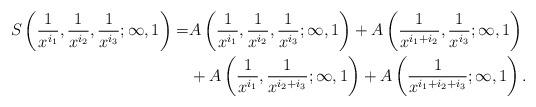
LaTeX: \begin{align*} S\left(\frac{1}{x^{i_1}},\frac{1}{x^{i_2}},\frac{1}{x^{i_3}};\infty,1\right)=&A\left(\frac{1}{x^{i_1}},\frac{1}{x^{i_2}},\frac{1}{x^{i_3}};\infty,1\right)+A\left(\frac{1}{x^{i_1+i_2}},\frac{1}{x^{i_3}};\infty,1\right)\\&+A\left(\frac{1}{x^{i_1}},\frac{1}{x^{i_2+i_3}};\infty,1\right)+A\left(\frac{1}{x^{i_1+i_2+i_3}};\infty,1\right).\end{align*}